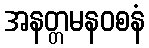
အနတ္တမနဝစနံ